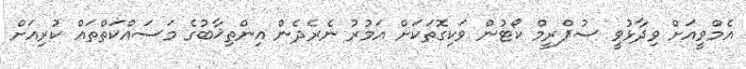
އެމްވީއަށް ވިދާޅުވީ ސުޕްރީމް ކޯޓުން ވަކިގޮތަކަށް އަމުރު ނެރެދެން އިންތިޚާބުގެ މަސައްކަތްތައް ކުރިއަށް